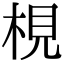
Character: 梘